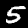
Label: 5